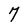
Character: 7